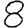
Digit: 8